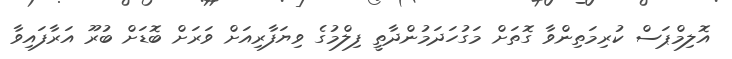
އޮލިމްޕަސް ކުރިމަތިންވާ ގޮތަށް މަގުހަދަމުންދާތީ ފިލްމުގެ ވިޔަފާރިއަށް ވަރަށް ބޮޑަށް ބުރޫ އަރާފައިވާ